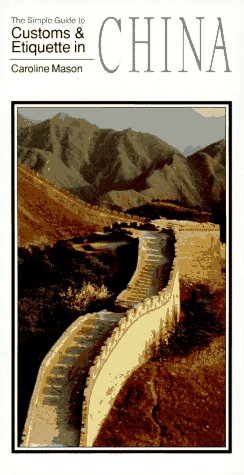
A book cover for The Simple Guide to Customs and Etiquette in China (Simple Guides Customs and Etiquette); Caroline Mason; Travel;